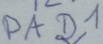
Text: PAD1